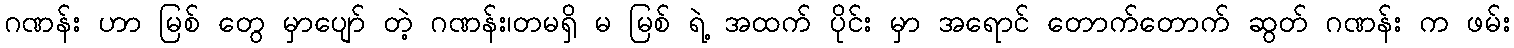
ဂဏန်း ဟာ မြစ် တွေ မှာပျော် တဲ့ ဂဏန်း၊တမရှိ မ မြစ် ရဲ့ အထက် ပိုင်း မှာ အရောင် တောက်တောက် ဆွတ် ဂဏန်း က ဖမ်း